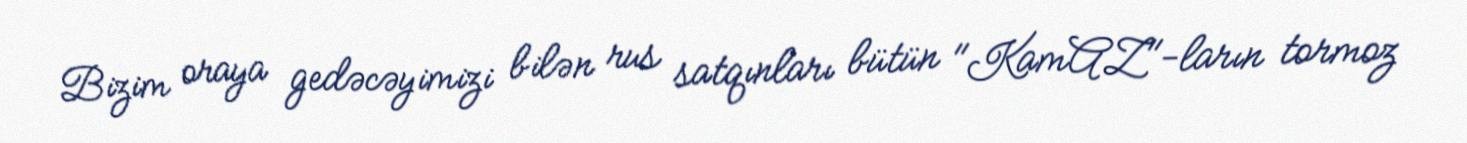
Bizim oraya gedəcəyimizi bilən rus satqınları bütün "KamAZ"-ların tormoz